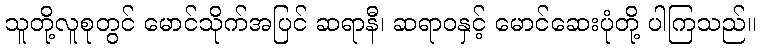
သူတို့လူစုတွင် မောင်သိုက်အပြင် ဆရာနီ၊ ဆရာဝနှင့် မောင်ဆေးပုံတို့ ပါကြသည်။